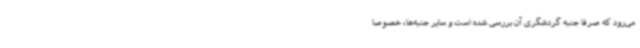
می‌رود که صرفا جنبه گردشگری آن بررسی شده است و سایر جنبه‌ها، خصوصا